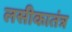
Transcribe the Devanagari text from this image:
लसीकातंत्र